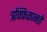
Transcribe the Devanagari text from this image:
त्रफ्फिकानते